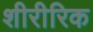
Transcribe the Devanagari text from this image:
शीरीरिक